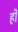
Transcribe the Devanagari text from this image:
र्हो